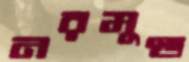
নরমুণ্ড